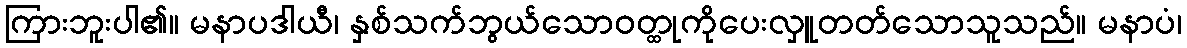
ကြားဘူးပါ၏။ မနာပဒါယီ၊ နှစ်သက်ဘွယ်သောဝတ္ထုကိုပေးလှူတတ်သောသူသည်။ မနာပံ၊